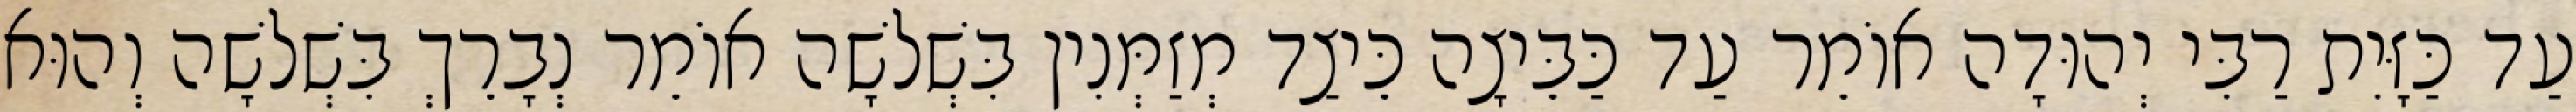
עַד כַּזָּיִת רַבִּי יְהוּדָה אוֹמֵר עַד כַּבֵּיצָה כֵּיצַד מְזַמְּנִין בִּשְׁלשָׁה אוֹמֵר נְבָרֵךְ בִּשְׁלשָׁה וְהוּא